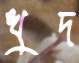
খুদ